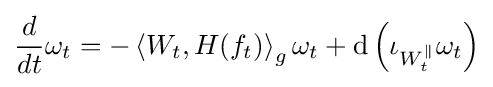
{\frac {d}{dt}}\omega _{t}=-\left\langle W_{t},H(f_{t})\right\rangle _{g}\omega _{t}+{\text{d}}\left(\iota _{W_{t}^{\parallel }}\omega _{t}\right)